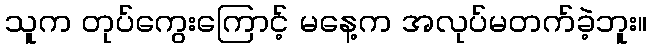
သူက တုပ်ကွေးကြောင့် မနေ့က အလုပ်မတက်ခဲ့ဘူး။